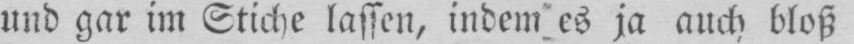
und gar im Stiche lassen, indem es ja auch bloß